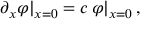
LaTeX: \partial _ { x } \varphi | _ { x = 0 } = c \, \varphi | _ { x = 0 } \, ,